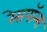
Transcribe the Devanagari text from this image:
रेसपॉन्स